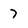
Character: 7